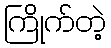
ကြိုက်တဲ့